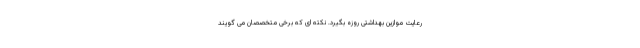
رعایت موازین بهداشتی روزه بگیرد. نکته ای که برخی متخصصان می گویند